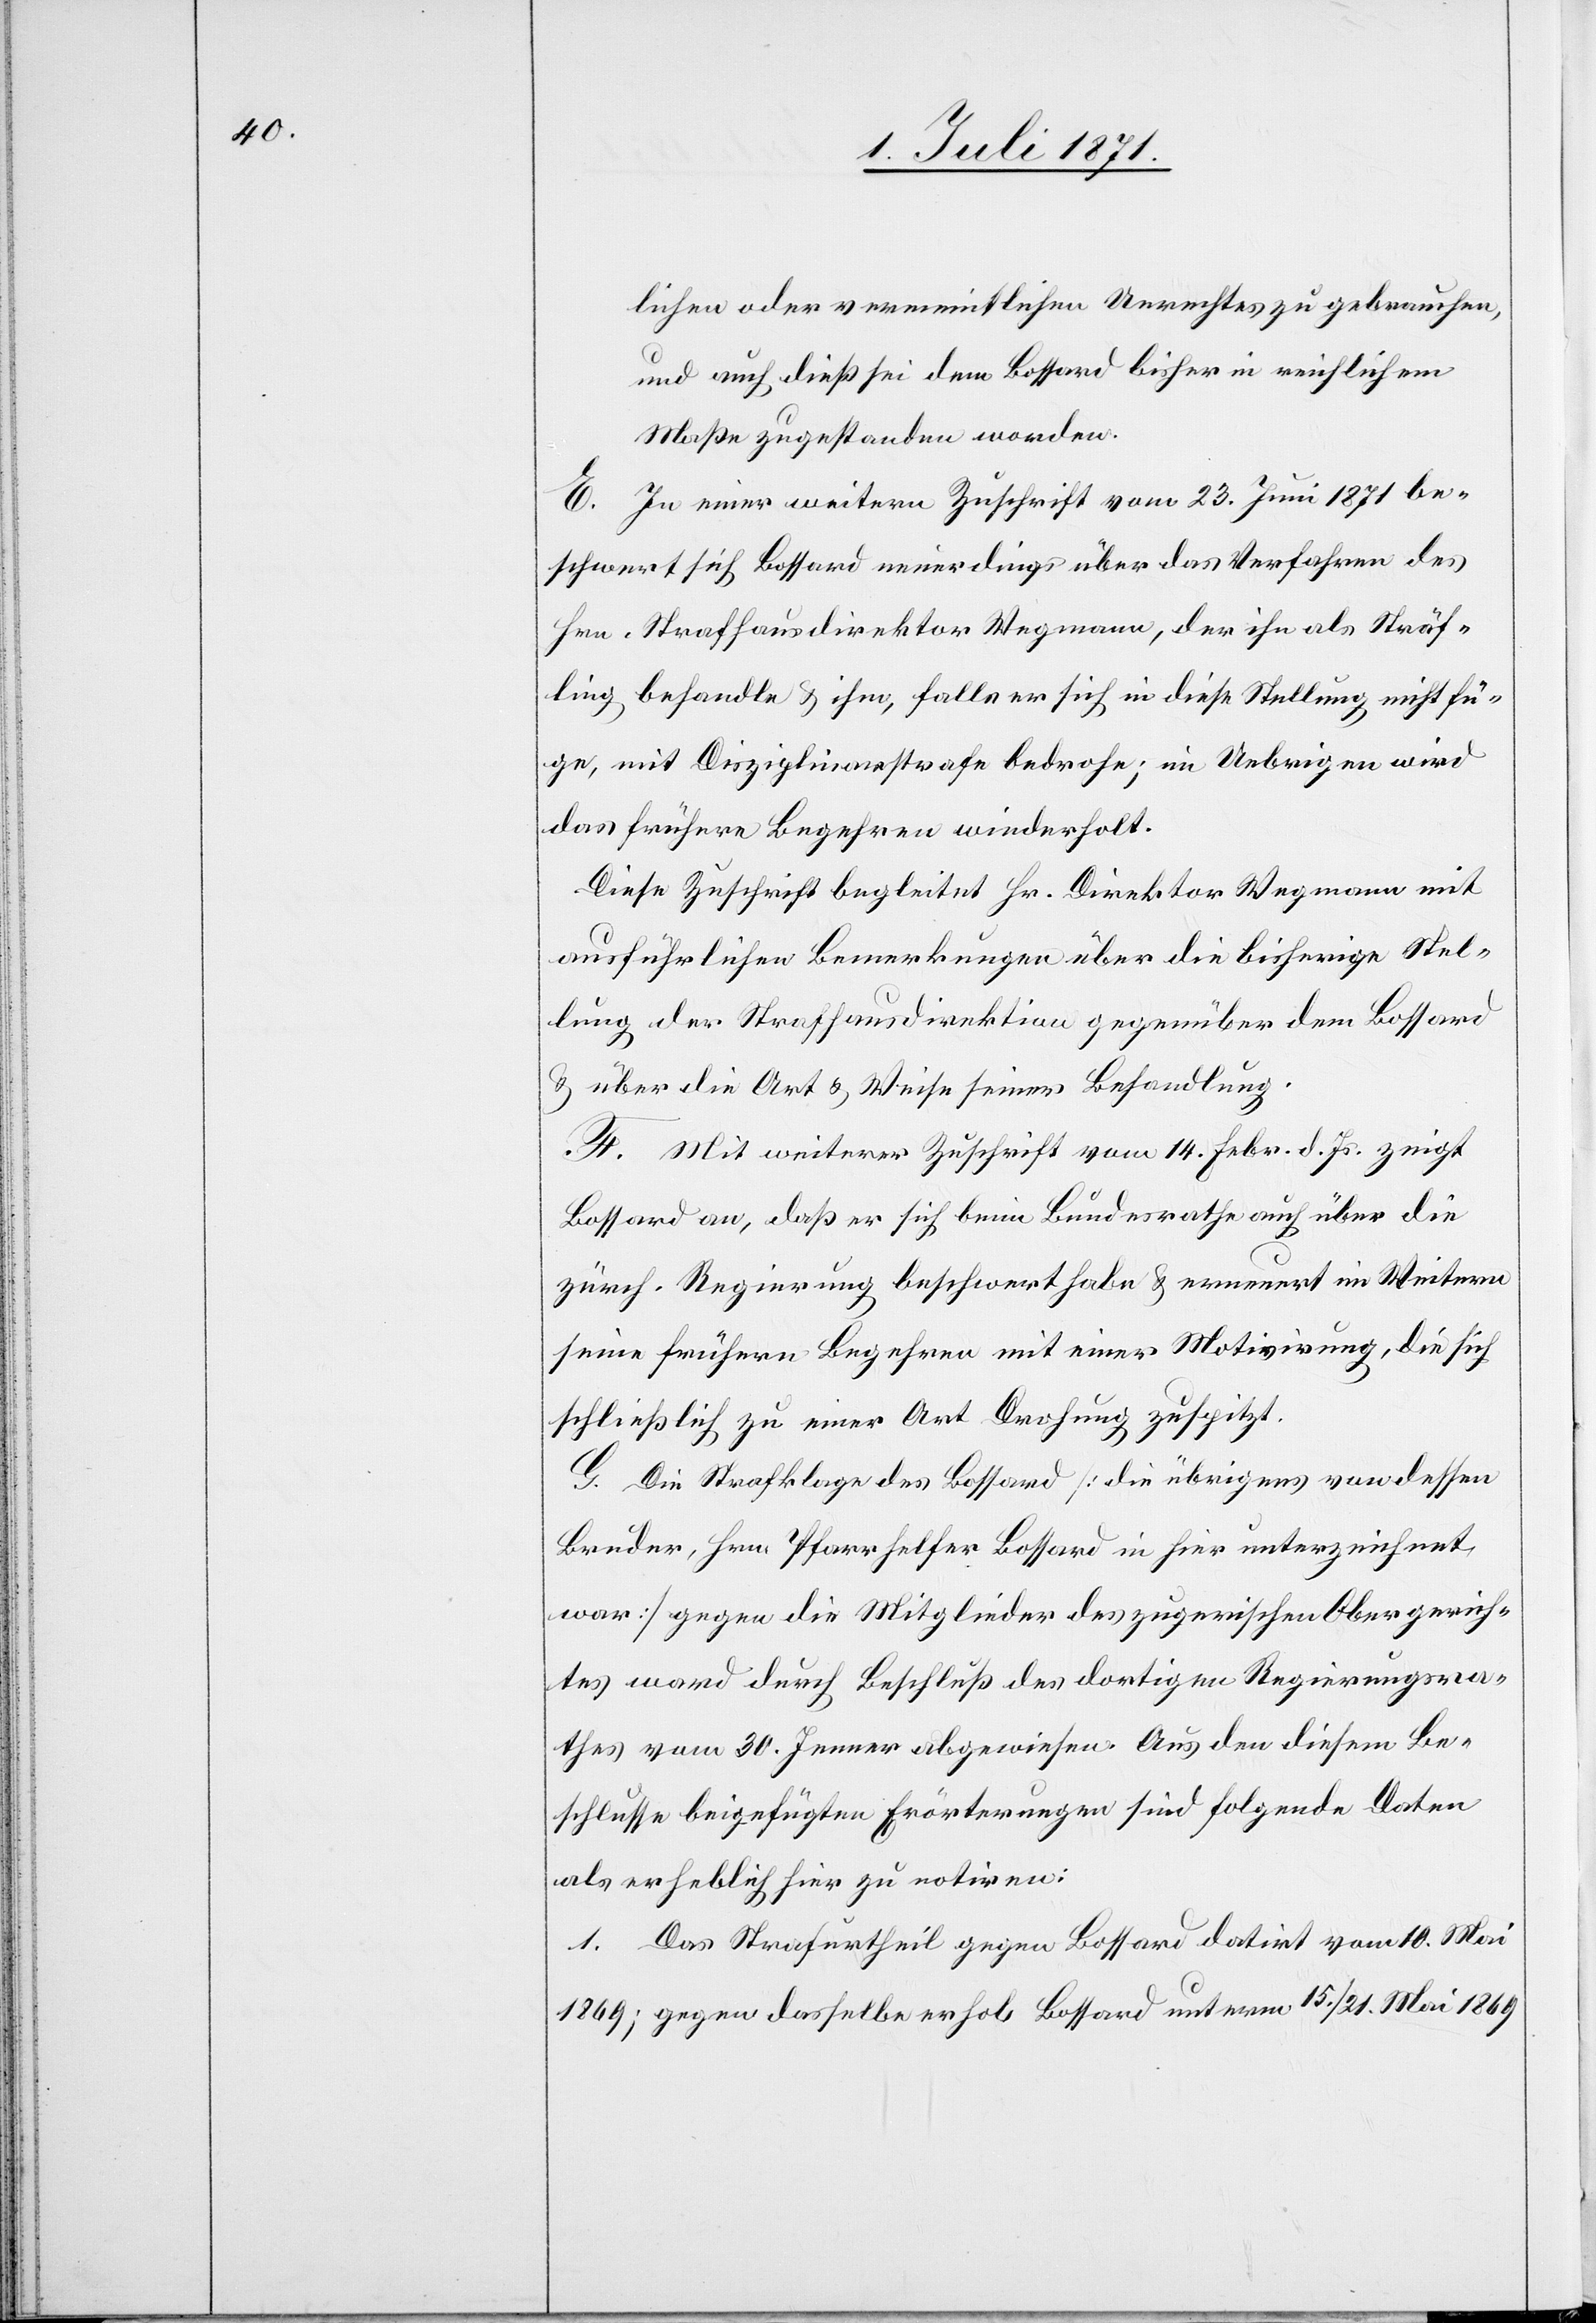
lichen oder vermeintlichen Unrechtes zu gebrauchen,
und auch dieß sei dem Bossard bisher in reichlichem
Maße zugestanden worden.
E. In einer weitern Zuschrift vom 23. Juni 1871 be¬
schwert sich Bossard neuerdings über das Verfahren des
Hrn. Strafhausdirektor Wegmann, der ihn als Sträf¬
ling behandle u. ihm, falls er sich in diese Stellung nicht fü¬
ge, mit Disziplinarstrafe bedrohe; im Uebrigen wird
das frühere Begehren wiederholt.
Diese Zuschrift begleitet Hr. Direktor Wegmann mit
ausführlichen Bemerkungen über die bisherige Stel¬
lung der Strafhausdirektion gegenüber dem Bossard
u. über die Art u. Weise seiner Behandlung.
F. Mit weiterer Zuschrift vom 14. Febr. d. Js. zeigt
Bossard an, daß er sich beim Bundesrathe auch über die
zürch. Regierung beschwert habe u. erneuert im Weitern
seine frühere Begehren mit einer Motivirung, die sich
schließlich zu einer Art Drohung zuspitzt.
G. Die Strafklage des Bossard [die übrigens von dessen
Bruder, Hrn. Pfarrhelfer Bossard in hier unterzeichnet
war] gegen die Mitglieder des zugerischen Obergerich¬
tes ward durch Beschluß des dortigen Regierungsra¬
thes vom 30. Jenner abgewiesen. Aus den diesem Be¬
schlusse beigefügten Erörterungen sind folgende Daten
als erheblich hier zu notiren:
1. Das Strafurtheil gegen Bossard datirt vom 10. Mai
1869; gegen dasselbe hob Bossard unterm 15./21. Mai 1869